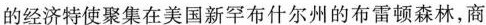
的经济特使聚集在美国新罕布什尔州的布雷顿森林，商